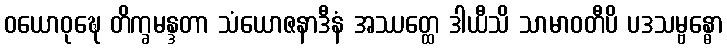
ဝယောဝုဍ္ဎေ တိက္ခမန္ဒတာ သံယောဇနာဒီနံ အဿတ္ထေ ဒါယီသိ သာမာဝတီပိ ပဒသမ္ဗန္ဓော